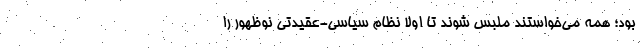
بود؛ همه می‌خواستند ملبس شوند تا اولا نظام سیاسی-عقیدتی نوظهور را